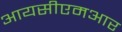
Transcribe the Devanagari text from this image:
आयसीएमआर